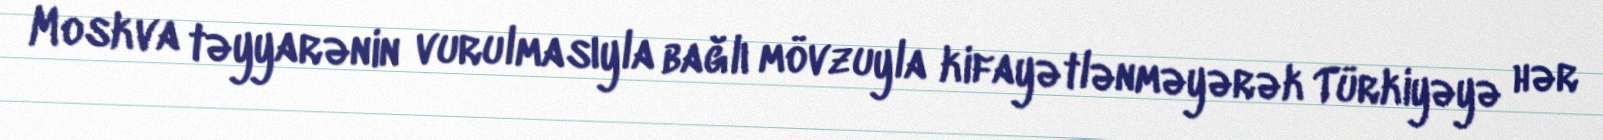
Moskva təyyarənin vurulmasıyla bağlı mövzuyla kifayətlənməyərək Türkiyəyə hər